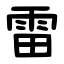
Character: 雷